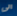
الى